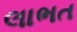
લાભત